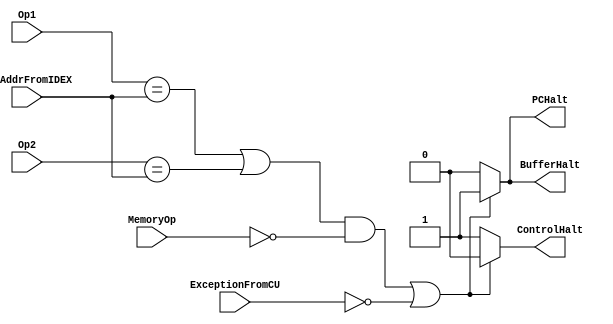
//////////////////////////////////////////////////////////////////////////////////
// Company: 
// Engineer: 
// 
// Design Name: 
// Module Name: hazardDetector
// Project Name: 
// Target Devices: 
// Tool Versions: 
// Description: 
// 
// Dependencies: 
// 
// Revision:
// Revision 0.01 - File Created
// Additional Comments:
// 
//////////////////////////////////////////////////////////////////////////////////


module hazardDetector(
    input [3:0] Op1,
    input [3:0] Op2,
    input ExceptionFromCU,
    input MemoryOp,
    input [3:0] Op1AddrFromIDEX,
    output reg PCHalt,
    output reg BufferHalt,
    output reg ControlHalt
    );
    
    always @ (*)
    begin
        if ( ((Op1 == Op1AddrFromIDEX || Op2 == Op1AddrFromIDEX) && ~MemoryOp) || ~ExceptionFromCU)
        begin
            PCHalt = 1;
            BufferHalt = 1;
            ControlHalt = 0;
        end
        else
        begin
            PCHalt = 0;
            BufferHalt = 0;
            ControlHalt = 1;
        end
    end
    
    
endmodule